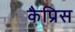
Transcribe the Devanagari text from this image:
कैप्रिस